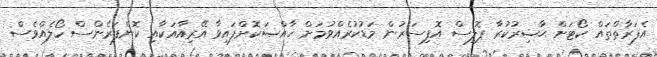
އެފަރާތްތައް ކޯޓަށް ޙާޟިރުކުރާ ޕޮލިސް އޮފިސަރުން މަޑުކުރެއްވުމަށް ޚާއްޞަކޮށްފައިވާ އޭރިއާއަކާއި ކޮންފަރެންސް ހޯލެއްވެސް